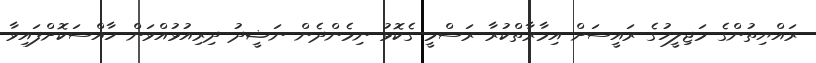
ރައްޔިތުންގެ މަޖިލީހުގެ ރައީސަށް އިމާރާތްކުރާ ރަސްމީ ގެކޮޅު ނިމެންދެން ނަޝީދު ދިރިއުޅުއްވަން ހާއްސަކޮށްފައިވާ